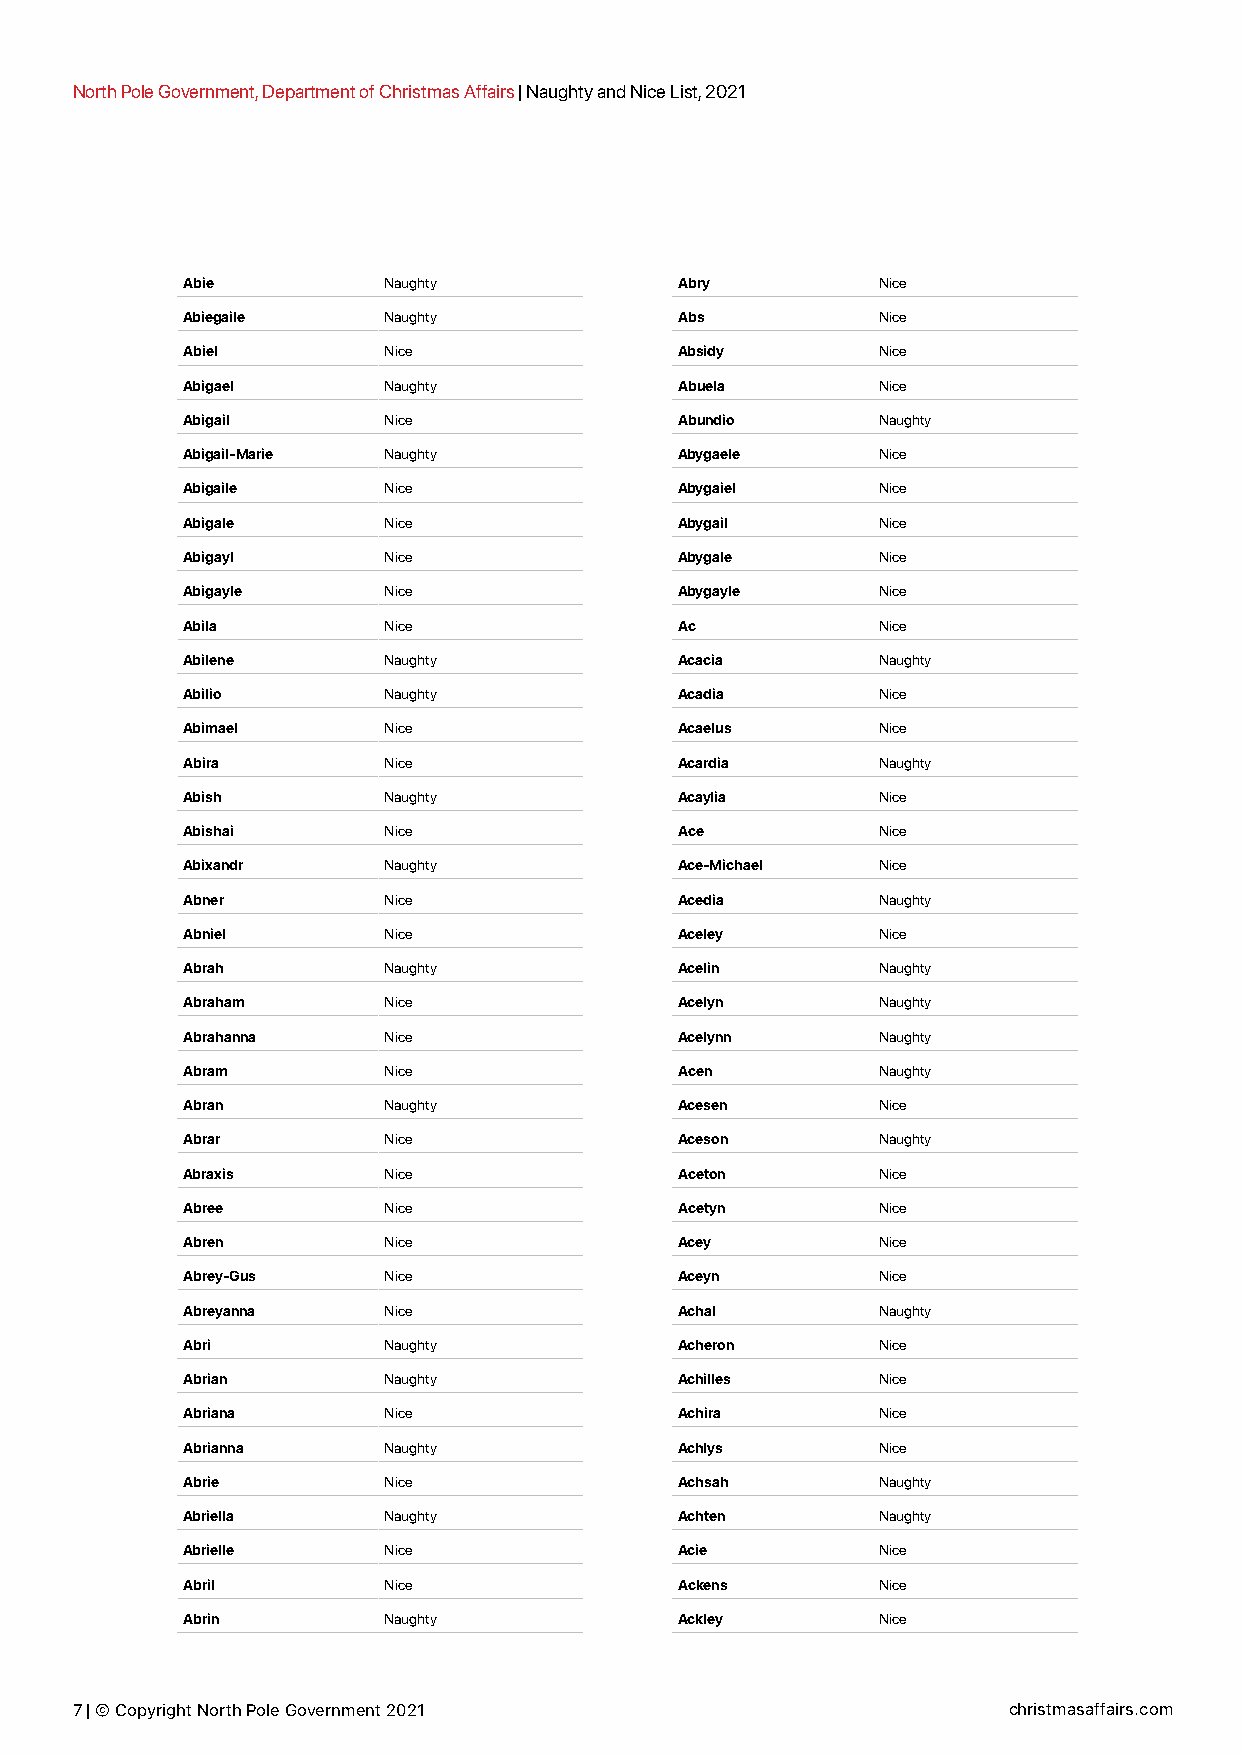
North Pole Government, Department of Christmas Affairs | Naughty and Nice List, 2021
 Abie         Naughty             Abry         Nice
 Abiegaile    Naughty             Abs          Nice
 Abiel        Nice                Absidy       Nice
 Abigael      Naughty             Abuela       Nice
 Abigail      Nice                Abundio      Naughty
 Abigail-Marie Naughty            Abygaele     Nice
 Abigaile     Nice                Abygaiel     Nice
 Abigale      Nice                Abygail      Nice
 Abigayl      Nice                Abygale      Nice
 Abigayle     Nice                Abygayle     Nice
 Abila        Nice                Ac           Nice
 Abilene      Naughty             Acacia       Naughty
 Abilio       Naughty             Acadia       Nice
 Abimael      Nice                Acaelus      Nice
 Abira        Nice                Acardia      Naughty
 Abish        Naughty             Acaylia      Nice
 Abishai      Nice                Ace          Nice
 Abixandr     Naughty             Ace-Michael  Nice
 Abner        Nice                Acedia       Naughty
 Abniel       Nice                Aceley       Nice
 Abrah        Naughty             Acelin       Naughty
 Abraham      Nice                Acelyn       Naughty
 Abrahanna    Nice                Acelynn      Naughty
 Abram        Nice                Acen         Naughty
 Abran        Naughty             Acesen       Nice
 Abrar        Nice                Aceson       Naughty
 Abraxis      Nice                Aceton       Nice
 Abree        Nice                Acetyn       Nice
 Abren        Nice                Acey         Nice
 Abrey-Gus    Nice                Aceyn        Nice
 Abreyanna    Nice                Achal        Naughty
 Abri         Naughty             Acheron      Nice
 Abrian       Naughty             Achilles     Nice
 Abriana      Nice                Achira       Nice
 Abrianna     Naughty             Achlys       Nice
 Abrie        Nice                Achsah       Naughty
 Abriella     Naughty             Achten       Naughty
 Abrielle     Nice                Acie         Nice
 Abril        Nice                Ackens       Nice
 Abrin        Naughty             Ackley       Nice
 7 | © Copyright North Pole Government 2021                    christmasaffairs.com